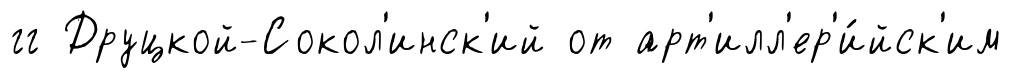
гг Друцкой-Сокол'инск'ий от арт'илл'ер'и́йск'им